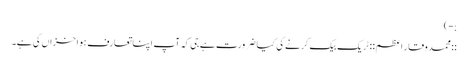
;-)
::محمد وقار اعظم:: ٹریک بیک کرنے کی کیا ضرورت ہے جی کہ آپ اپنا تعارف ہوا خزاں کی ہے۔